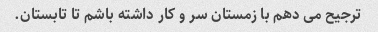
ترجیح می دهم با زمستان سر و کار داشته باشم تا تابستان.